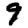
Digit: 9